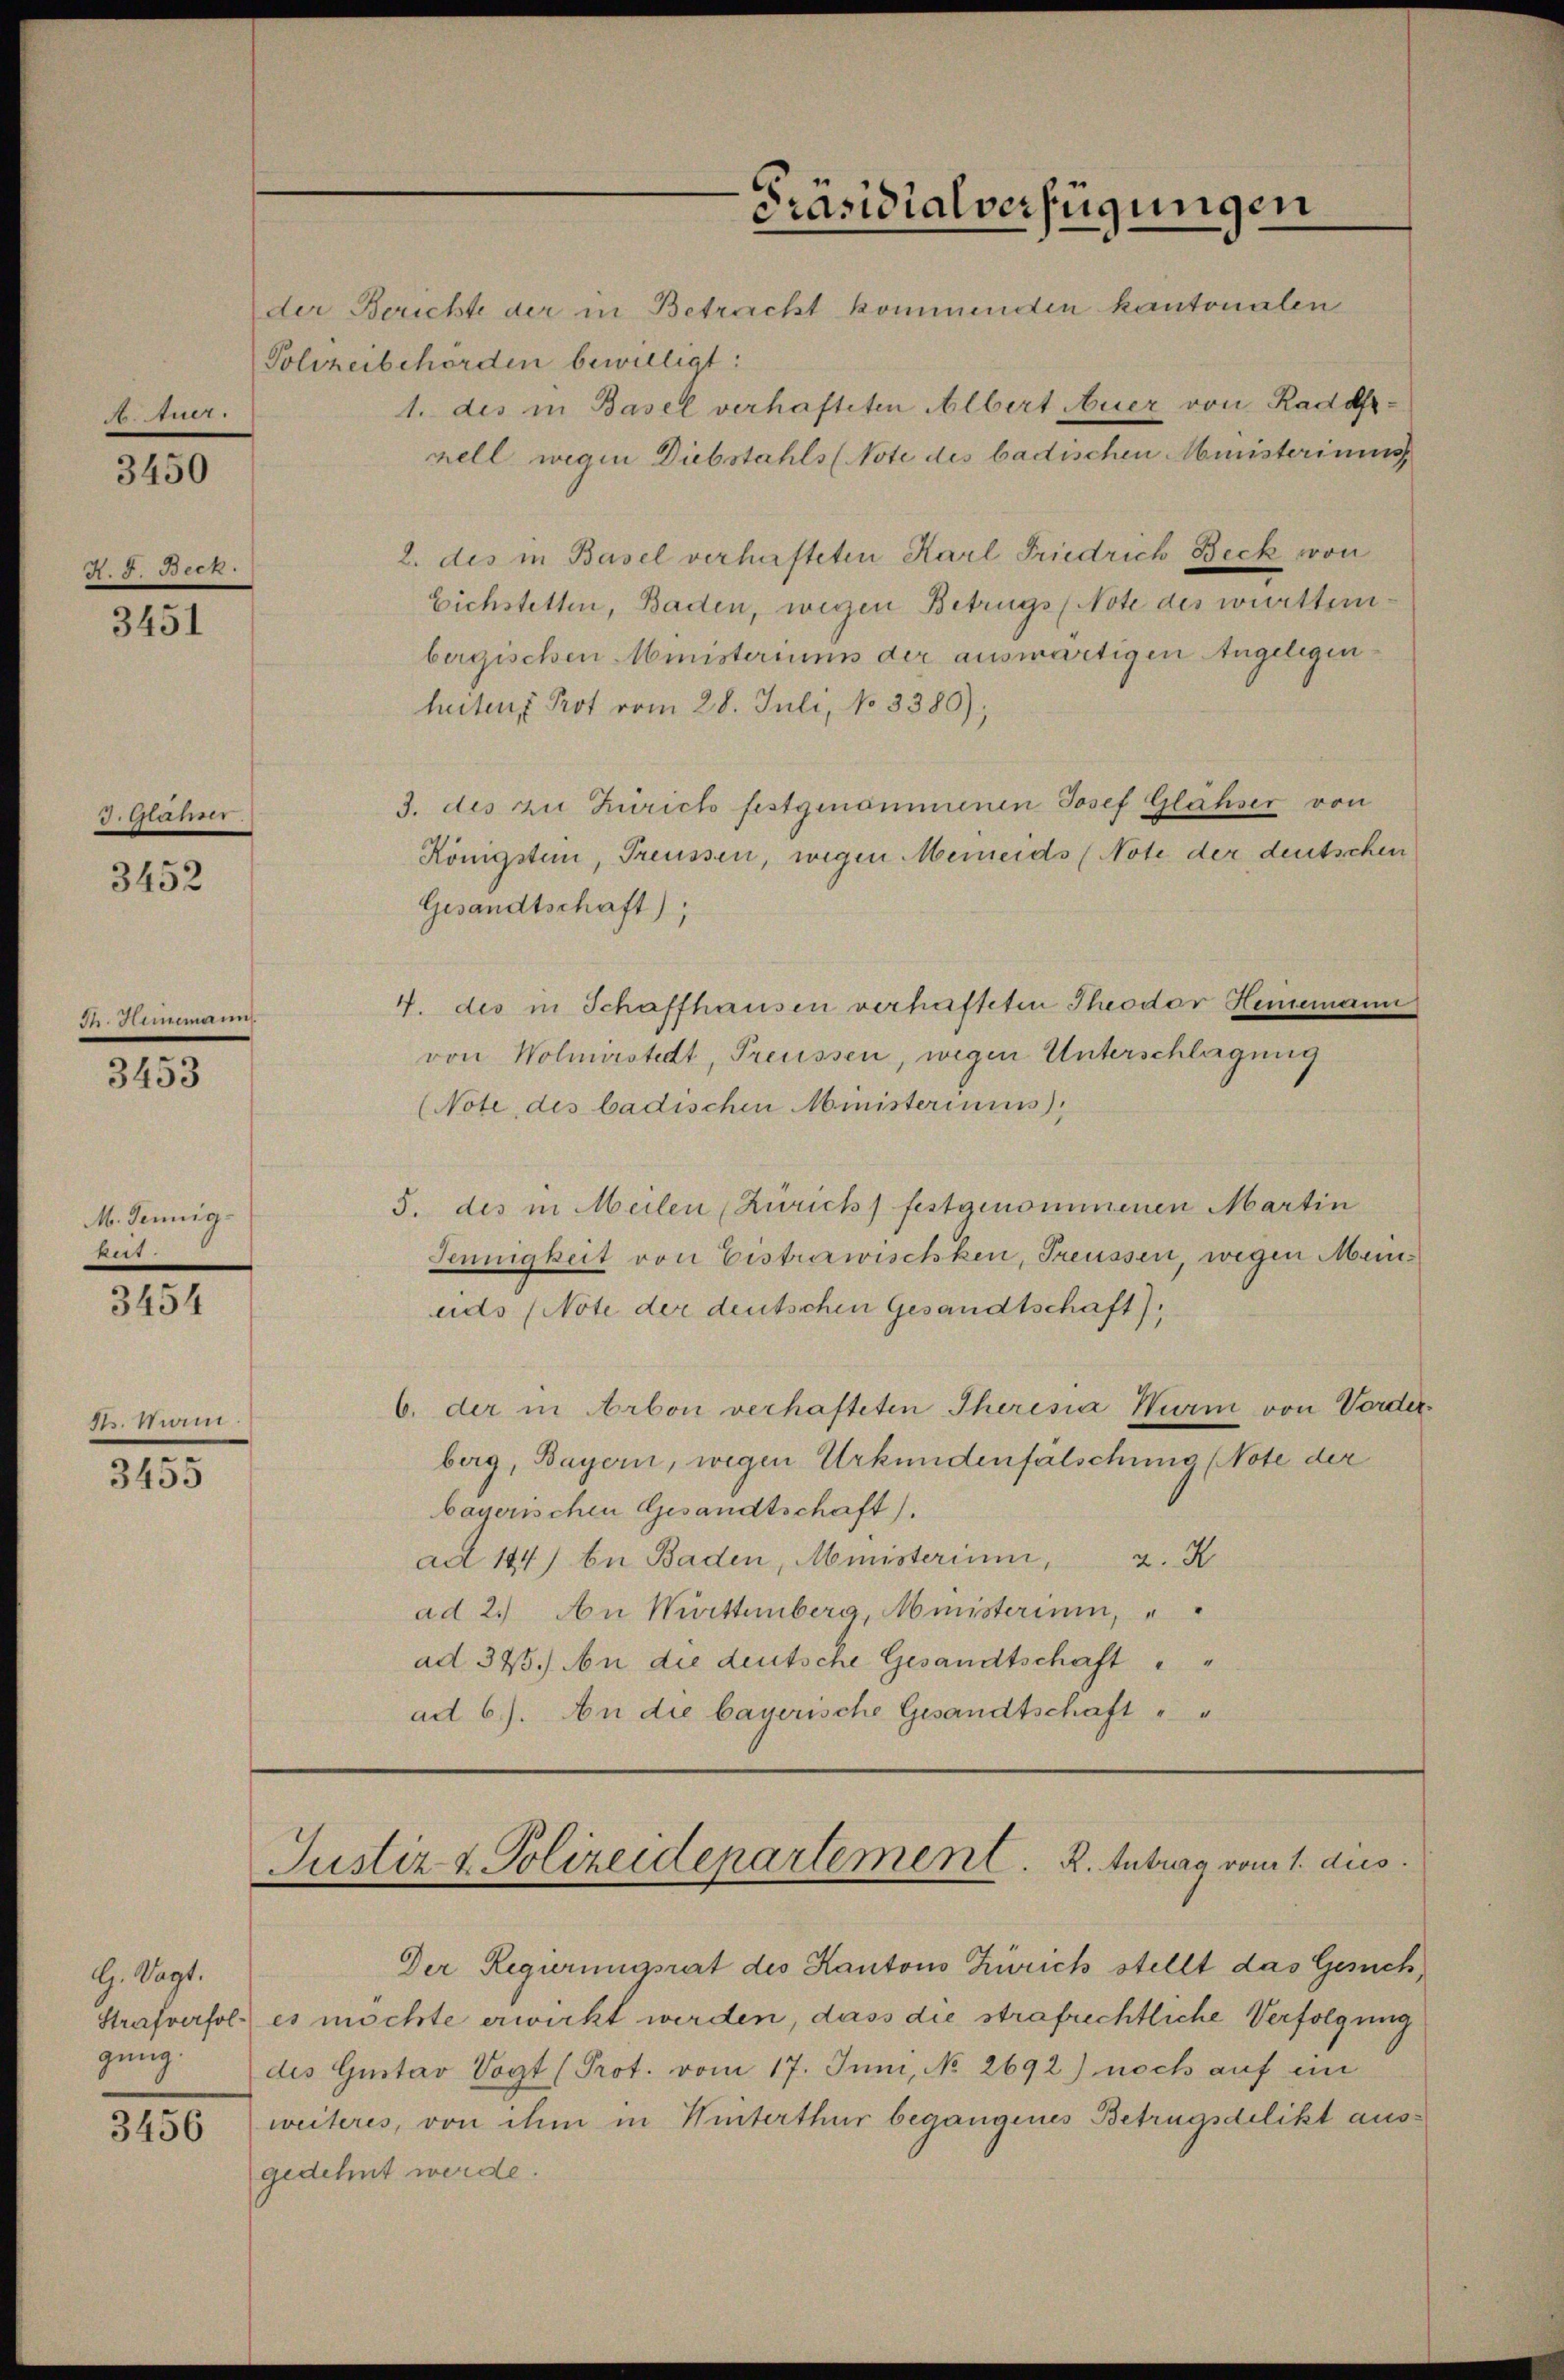
3
A. Auer.

3450

R. 5. Beck

3451

. Muhr

3452

t 182. 55

3453

M. Jennig-
ei

3454

Kts. Mann.

.
3455

G. Sagt.
gung.

Polizeibehörden bewilligt:
1. des in Basel verhafteten Albert Auer von Radafnell wegen Diebstahls (Note des badischen Ministeriums
2. des in Basel verhafteten Karl Friedrich Beck von
Eichstetten, Baden, wegen Betrugs (Note des württembergischen Ministeriums der auswärtigen Angelegenheiten Prot vom 28. Juli, No 3380);
3. des zu Zürich festgenommenen Josef Gläser von
Königsten, Treussen, wegen Meneids (Note der deutschen
Gesandtschaft);
4. des in Schaffhausen verhafteten Theodor Heinemann
von Wolmirstedt, Preussen, wegen Unterschlagung
(Note des badischen Ministeriums
5. des in Meilen (Zürich) festgenommenen Martin
Sennigkeit von Eistrazwischken, Freussen, wegen Meineids (Note der deutschen Gesandtschaft).
b. der in Arbon verhafteten Theresia Hurm von Vorde
berg, Bayern, wegen Urkundenfälschung (Note der
bayerischen Gesandtschaft).
adt 144) bei Baden, Ministerium, 2. K
ad 2.) An Württemberg, Ministerium,
ad 325.) An die deutsche Gesandtschaft
ad 6.). An die bayerische Gesandtschaft " "

Präsidialverfügungen
der Berichte der in Betracht kommenden kantonalen

Justiz & Polizeidepartement. R. Intura vom 1. dies

Der Regierungsrat des Kantons Zürich stellt das Gesuch,
Strafverfol es möchte erwirkt werden, dass die strafrechtliche Verfolgung
des Gustav Vogt (Prot. vom 17. Juni, No 2692) noch auf ein
3456) weiteres, von ihm in Winterthur begangenes Betrugsdelikt ausgedehnt werde.